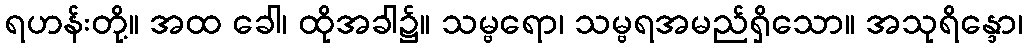
ရဟန်းတို့။ အထ ခေါ၊ ထိုအခါ၌။ သမ္ဗရော၊ သမ္ဗရအမည်ရှိသော။ အသုရိန္ဒော၊